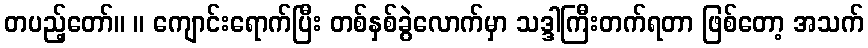
တပည့်တော်။ ။ ကျောင်းရောက်ပြီး တစ်နှစ်ခွဲလောက်မှာ သဒ္ဒါကြီးတက်ရတာ ဖြစ်တော့ အသက်